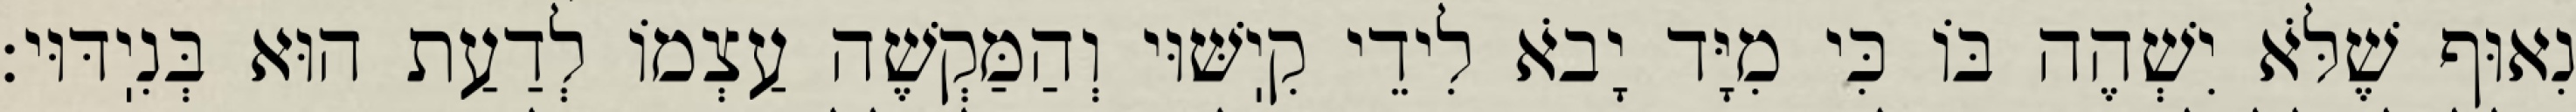
נִאוּף שֶׁלֹּא יִשְׁהֶה בּוֹ כִּי מִיָּד יָבֹא לִידֵי קִיֽשּׁוּי וְהַמַּקְשֶׁה עַצְמוֹ לְדַעַת הוּא בְּנִיֽדּוּי: